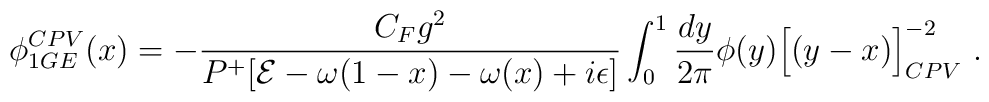
\phi^{CPV}_{1GE}(x)=-{{C_F g^2}\over { P^+[{\cal E}-\omega(1-x)-\omega(x)+i\epsilon]}} \int_{0}^{1} {{dy}\over {2\pi}} \phi(y) {\Big[(y-x)\Big]}^{-2}_{CPV}\ .